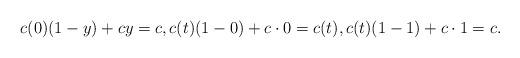
LaTeX: \begin{align*}c(0)(1-y) + cy = c, c(t)(1-0) + c\cdot0 = c(t), c(t)(1-1) + c\cdot1 = c.\end{align*}